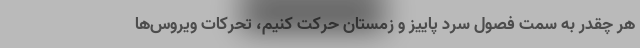
هر چقدر به سمت فصول سرد پاییز و زمستان حرکت کنیم، تحرکات ویروس‌ها